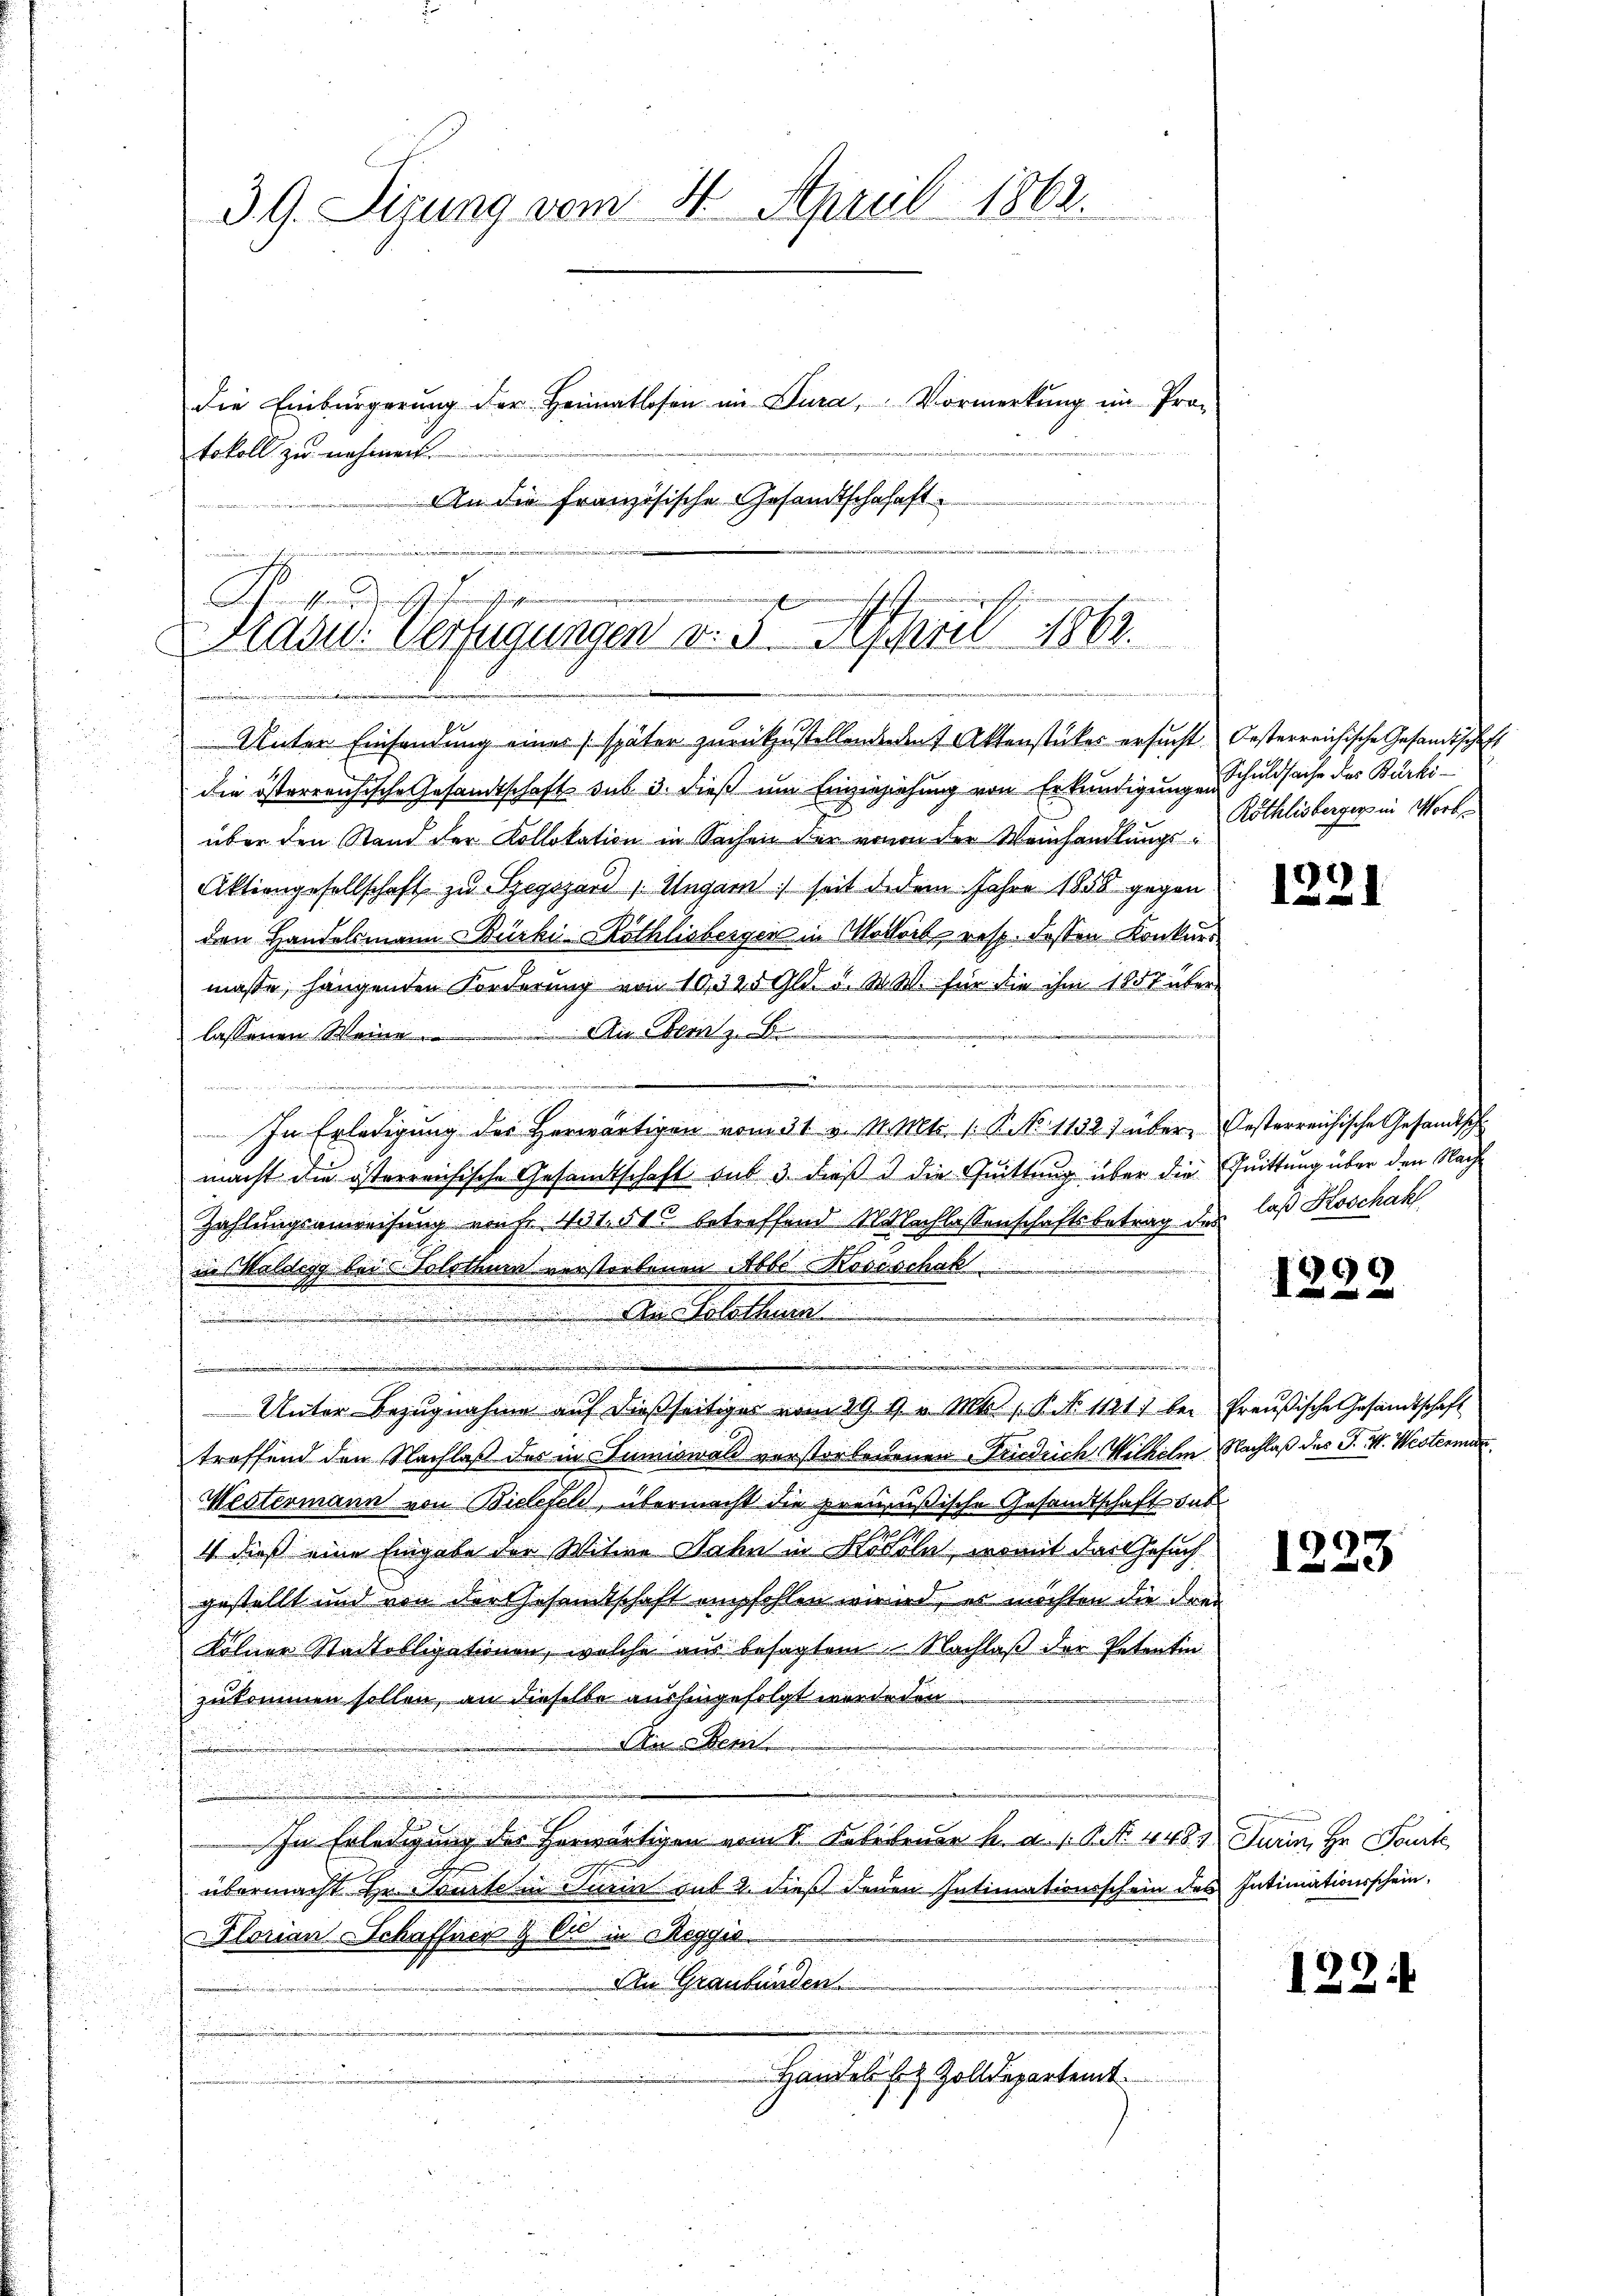
3. G. Tigung vom 4. April 1862.
die Einbürgerŭng der Heimatlosen im Dura, Vormerkŭng im Pro-
tokoll zu nehmen.
An die französische Gesandtschafft.

i
die österrensische Gesandtschaft sub 3. dieß um Einzerziehung von Erkundigungen
über den Stand der Kollokation in Sachen der vovon der Weinhandlungs¬
Aktiengesellschaft zu Szegzard, Ungar seit de dem Jahre 1858 gegen
den Handelsmann Bürki Röthlisbergen in Mottort resp. dessen Konkurs
masse, hängenden Forderung von 10. 325 Gld. d. M. W. für die ihm 1857 über
lassenen Weine. An Obern z. B.
i
In Erledigung des Herwärtigen vom 31 v. M. Mts. 1 S. 1132) über Oesterreichische Gesandtsch
macht die österreichische Gesamtschaft sub 3. dieß 3 die Quittung über die Quittung über den Nach¬
Zahlungsanweisung von fr. 431. 51 betreffend Nachlassenschaftsbetrag des las Koschah
in Waldegg bei Solothur verstorbenen Abbe Koseschak
Der Geselben
dem
e
.
Unter Bezugnahme auf dießseitiges vom 29. 9. v. Mts., P. Nr. 1121 bei Preußische Gesandtschaft
treffend den Nachlaß des in Dumiswald verstorbenenen Friedrich Wilhelm Nachlaß des J. J. Westerman
Westermann von Bielefeld, übermacht die preußische Gesandtschaft sub
4 dieß eine Eingabe der Witwe Jahn in Hoteln, womit das Gesuch
gestellt und von der Gesandtschaft empfohlen wirind, es möchten die drei
Kölner Stadtobligationen, welche aus besagtem Nachlaß der Petentin
zukommen sollen, an dieselbe aushingefolgt werdeden
Ai Bem
In Erledigung des herwärtigen vom 1. Febebener h. a. s. Art. 4481 Turin, Hr. Tourte
übermacht Hr. Parten Jurin gut 2 dieß Jenen Intimationsschein des Intimationsschein,
Florian Schaffner & Cie in Reggio
An Graubünden
Handel b Zolldepartent

Ain gerader Juge
Grasw. Verfügungen v. 5. April 1863.
Unter Einsendung eines später zurückzustellenderent Aktenstückes ersucht. Oesterreichische Gesandtschaft

Schuldsache des Bürki
Röthlisberger in Worb

e

12)
1221

39

1223

1234